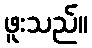
ဖူးသည်။